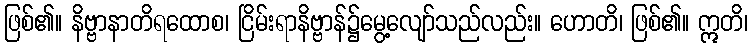
ဖြစ်၏။ နိဗ္ဗာနာတိရထောစ၊ ငြိမ်းရာနိဗ္ဗာန်၌မွေ့လျော်သည်လည်း။ ဟောတိ၊ ဖြစ်၏။ ဣတိ၊